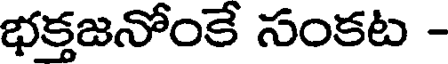
భక్తజనోంకే సంకట -